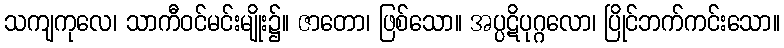
သကျကုလေ၊ သာကီဝင်မင်းမျိုး၌။ ဇာတော၊ ဖြစ်သော။ အပ္ပဋိပုဂ္ဂလော၊ ပြိုင်ဘက်ကင်းသော။